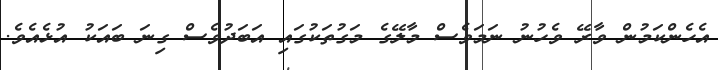
އެހެންކަމުން ވާރޭ ވެހުނު ނަމަވެސް މާލޭގެ މަގުތަކުގައި އަބަދުވެސް ގިނަ ބައަކު އުޅެއެވެ.